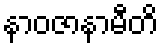
နာဝဇာနာမီတိ